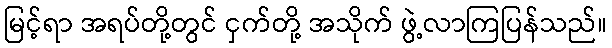
မြင့်ရာ အရပ်တို့တွင် ငှက်တို့ အသိုက် ဖွဲ့လာကြပြန်သည်။